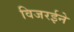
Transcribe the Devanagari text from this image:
विजरईने